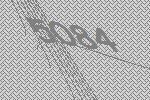
5084